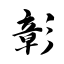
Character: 彰